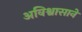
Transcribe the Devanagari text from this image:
अविश्वासाने